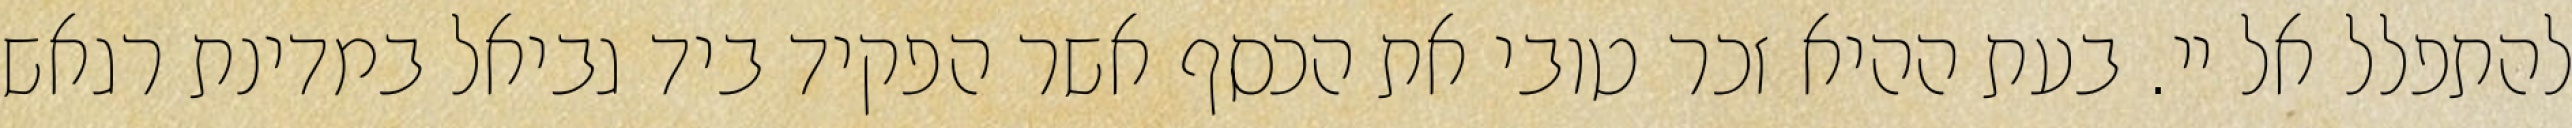
להתפלל אל יי. בעת ההיא זכר טובי את הכסף אשר הפקיד ביד גביאל במדינת רגאש